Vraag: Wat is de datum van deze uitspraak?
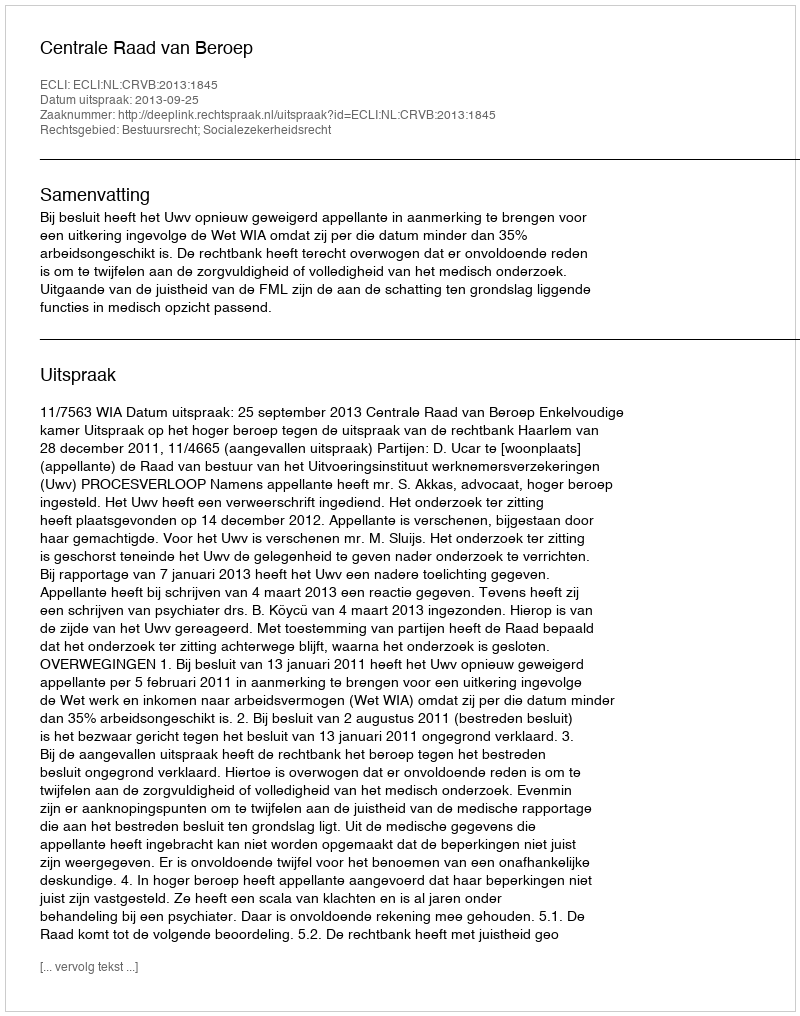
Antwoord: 2013-09-25